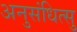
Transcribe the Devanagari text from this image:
अनुसंधित्सु